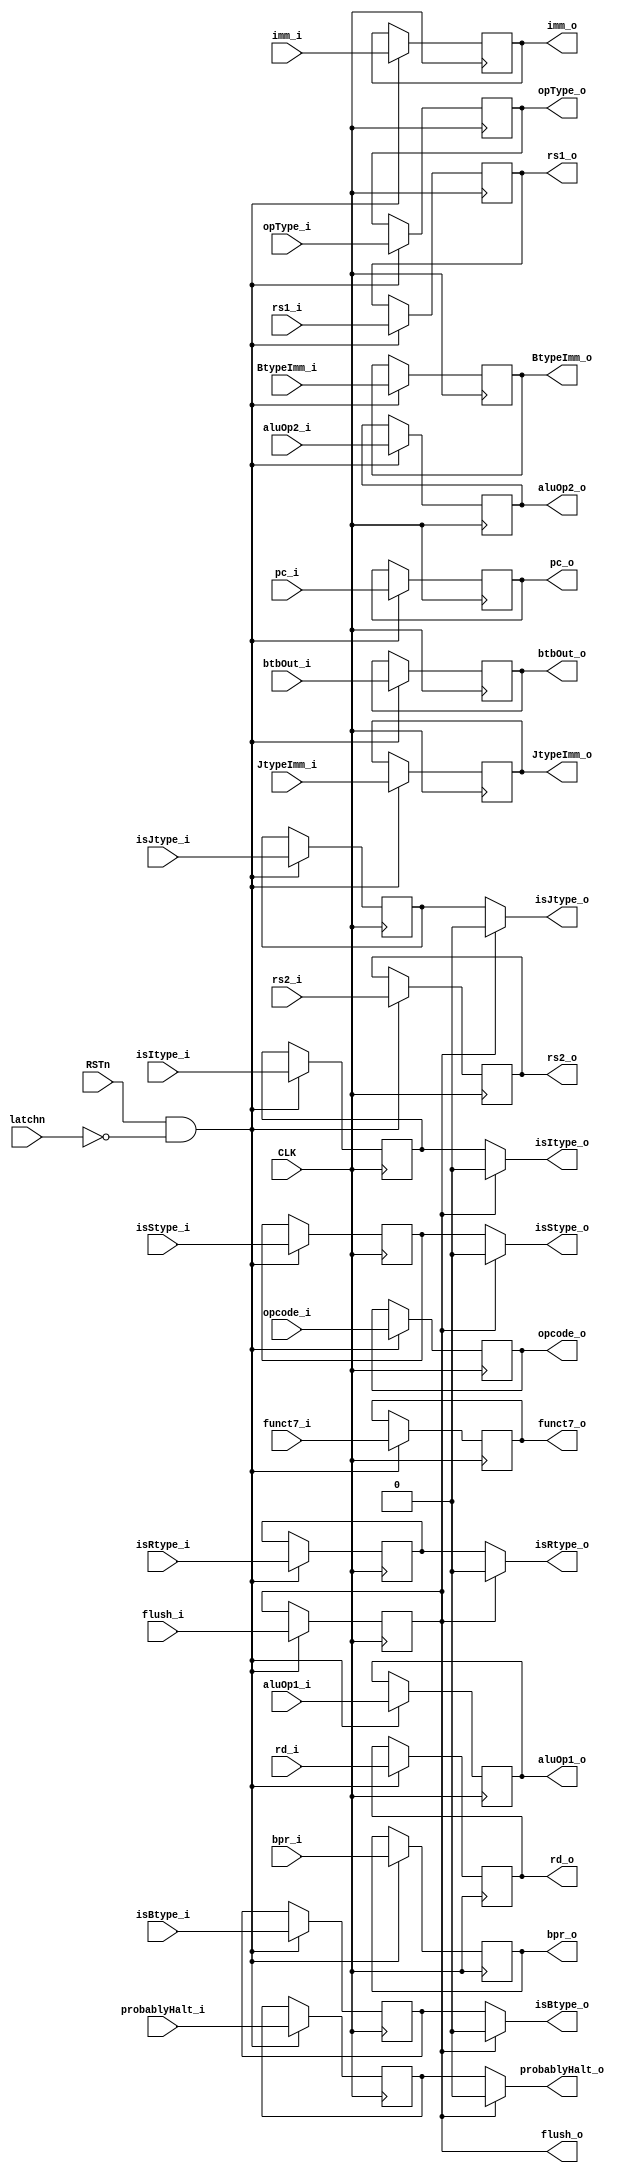
module IF_ID(
	input wire CLK,
	input wire RSTn,
	input wire latchn,
	input wire[2:0] opType_i,
	input wire[4:0] rd_i,
	input wire[4:0] rs1_i,
	input wire[4:0] rs2_i,
	input wire[2:0] aluOp1_i,
	input wire[2:0] aluOp2_i,
	input wire[11:0] imm_i,
	input wire[12:0] BtypeImm_i,
	input wire[20:0] JtypeImm_i,
	input wire isBtype_i,
	input wire isItype_i,
	input wire isRtype_i,
	input wire isStype_i,
	input wire isJtype_i,
	input wire probablyHalt_i,
	input wire[6:0] opcode_i,
	input wire[6:0] funct7_i,
	input wire[11:0] pc_i,
	input wire bpr_i,
	input wire[31:0] btbOut_i,
	input wire flush_i,
	output wire[2:0] opType_o,
	output wire[4:0] rd_o,
	output wire[4:0] rs1_o,
	output wire[4:0] rs2_o,
	output wire[2:0] aluOp1_o,
	output wire[2:0] aluOp2_o,
	output wire[11:0] imm_o,
	output wire[12:0] BtypeImm_o,
	output wire[20:0] JtypeImm_o,
	output wire isBtype_o,
	output wire isItype_o,
	output wire isRtype_o,
	output wire isStype_o,
	output wire isJtype_o,
	output wire probablyHalt_o,
	output wire[6:0] opcode_o,
	output wire[6:0] funct7_o,
	output wire[11:0] pc_o,
	output wire bpr_o,
	output wire[31:0] btbOut_o,
	output wire flush_o
);

	reg[2:0] opType_r;
	reg[4:0] rd_r;
	reg[4:0] rs1_r;
	reg[4:0] rs2_r;
	reg[2:0] aluOp1_r;
	reg[2:0] aluOp2_r;
	reg[11:0] imm_r;
	reg[12:0] BtypeImm_r;
	reg[20:0] JtypeImm_r;
	reg isBtype_r;
	reg isItype_r;
	reg isRtype_r;
	reg isStype_r;
	reg isJtype_r;
	reg probablyHalt_r;
	reg[6:0] opcode_r;
	reg[6:0] funct7_r;
	reg[11:0] pc_r;
	reg bpr_r;
	reg[31:0] btbOut_r;
	reg flush_r;

	assign opType_o = opType_r;
	assign rd_o = rd_r;
	assign rs1_o = rs1_r;
	assign rs2_o = rs2_r;
	assign aluOp1_o = aluOp1_r;
	assign aluOp2_o = aluOp2_r;
	assign imm_o = imm_r;
	assign BtypeImm_o = BtypeImm_r;
	assign JtypeImm_o = JtypeImm_r;
	assign isBtype_o = flush_r ? 1'b0 : isBtype_r;
	assign isItype_o = flush_r ? 1'b0 : isItype_r;
	assign isRtype_o = flush_r ? 1'b0 : isRtype_r;
	assign isStype_o = flush_r ? 1'b0 : isStype_r;
	assign isJtype_o = flush_r ? 1'b0 : isJtype_r;
	assign probablyHalt_o = flush_r ? 1'b0 : probablyHalt_r;
	assign opcode_o = opcode_r;
	assign funct7_o = funct7_r;
	assign pc_o = pc_r;
	assign bpr_o = bpr_r;
	assign btbOut_o = btbOut_r;
	assign flush_o = flush_r;
	

	// commit values synchronized to clock
	always @(posedge CLK) begin
		if (RSTn & (~latchn)) begin
			opType_r <= opType_i;
			rd_r <= rd_i;
			rs1_r <= rs1_i;
			rs2_r <= rs2_i;
			aluOp1_r <= aluOp1_i;
			aluOp2_r <= aluOp2_i;
			imm_r <= imm_i;
			BtypeImm_r <= BtypeImm_i;
			JtypeImm_r <= JtypeImm_i;
			isBtype_r <= isBtype_i;
			isItype_r <= isItype_i;
			isRtype_r <= isRtype_i;
			isStype_r <= isStype_i;
			isJtype_r <= isJtype_i;
			probablyHalt_r <= probablyHalt_i;
			opcode_r <= opcode_i;
			funct7_r <= funct7_i;
			pc_r <= pc_i;
			bpr_r <= bpr_i;
			btbOut_r <= btbOut_i;
			flush_r <= flush_i;
		end
	end

	initial begin
		flush_r <= 1;
	end

endmodule